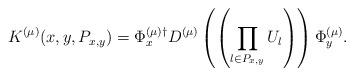
LaTeX: \begin{align*}K^{(\mu)} (x, y , P_{x,y}) = \Phi_x^{(\mu) \dagger} D^{(\mu)}\left( \left( \prod_{l \in P_{x,y}} U_l \right) \right) \Phi_y^{(\mu)}.\end{align*}